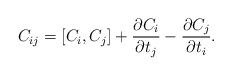
LaTeX: \begin{align*}C_{ij} = [C_i, C_j] + \frac{\partial C_i}{\partial t_j} -\frac{\partial C_j}{\partial t_i}.\end{align*}